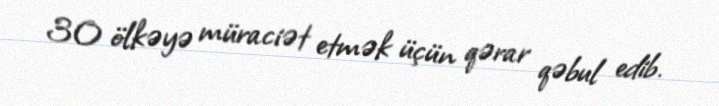
30 ölkəyə müraciət etmək üçün qərar qəbul edib.